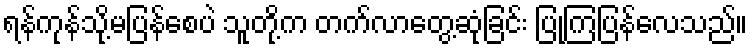
ရန်ကုန်သို့မပြန်စေပဲ သူတို့က တက်လာတွေ့ဆုံခြင်း ပြုကြပြန်လေသည်။